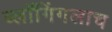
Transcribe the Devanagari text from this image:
ब्लॉगिंगलाच